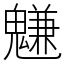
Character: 魐